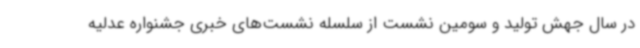
در سال جهش تولید و سومین نشست از سلسله نشست‌های خبری جشنواره عدلیه